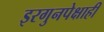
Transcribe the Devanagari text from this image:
इरगुनपेक्षाही